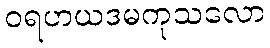
ဝရဟယဒမကုသလော